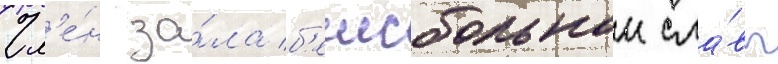
Чл'е́н за́ла б'еисбольнои сла́вы